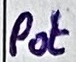
Text: Pot